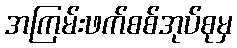
အကြမ်းဖက်စစ်အုပ်စုမှ